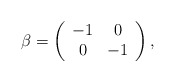
\begin{align*}\beta = \left( \begin{array}{cc} -1 & 0 \\ 0 & -1 \end{array} \right),\end{align*}